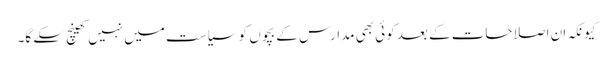
کیونکہ ان اصلاحات کے بعد کوئی بھی مدارس کے بچوں کو سیاست میں نہیں کھینچ سکے گا۔